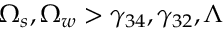
\Omega _ { s } , \Omega _ { w } > \gamma _ { 3 4 } , \gamma _ { 3 2 } , \Lambda